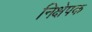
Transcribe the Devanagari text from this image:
निक्षेपक